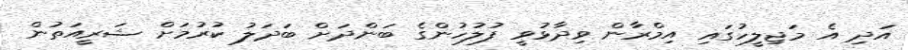
އަދި އެ މަޖިލީހުގައި އިމްރާން ވިދާޅުވީ ފުލުހުންގެ ބަންދަށް ބަދަލު ކުރުމަށް ޝަރީއަތުން